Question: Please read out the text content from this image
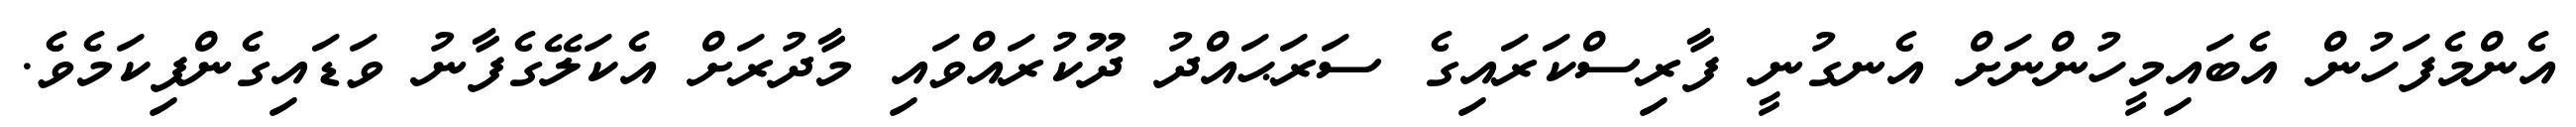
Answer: އެންމެފަހުން އެބައިމީހުންނަށް އެނގުނީ ފާރިސްކަރައިގެ ސަރަޙައްދު ދޫކުރައްވައި މާދުރަށް އެކަލޭގެފާނު ވަޑައިގެންފިކަމެވެ.